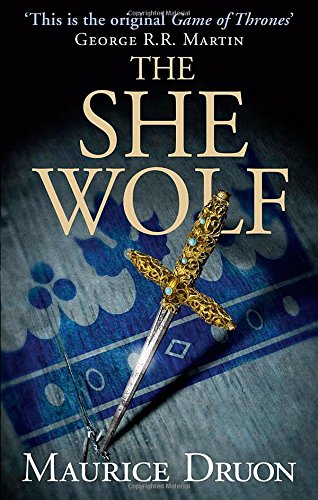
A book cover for The She-Wolf (The Accursed Kings, Book 5); Maurice Druon; Literature & Fiction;